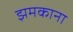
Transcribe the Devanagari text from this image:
झमकाना